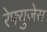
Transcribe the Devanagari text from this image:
रेफ्युजेस